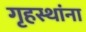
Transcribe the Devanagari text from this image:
गृहस्थांना